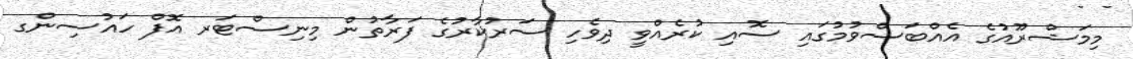
މިމަޝްރޫއުގެ އެއްބަސްވުމުގައި ސޮއި ކުރެއްވީ ދިވެހި ސަރުކާރުގެ ފަރާތުން މިނިސްޓަރ އޮފް ހައުސިންގ